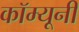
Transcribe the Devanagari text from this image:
कॉम्यूनी